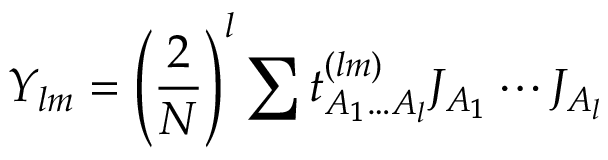
Y _ { l m } = \left( \frac { 2 } { N } \right) ^ { l } \sum t _ { A _ { 1 } \ldots A _ { l } } ^ { ( l m ) } J _ { A _ { 1 } } \cdots J _ { A _ { l } }